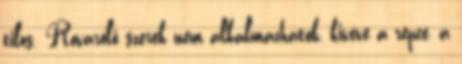
tilos. Rovarölő szerek nem alkalmazhatók, kivéve a repce, a